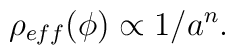
\rho_{eff}(\phi)\propto 1/a^{n}.